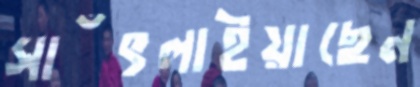
সাঁৎলাইয়াছেন